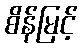
စိန်မြင့်